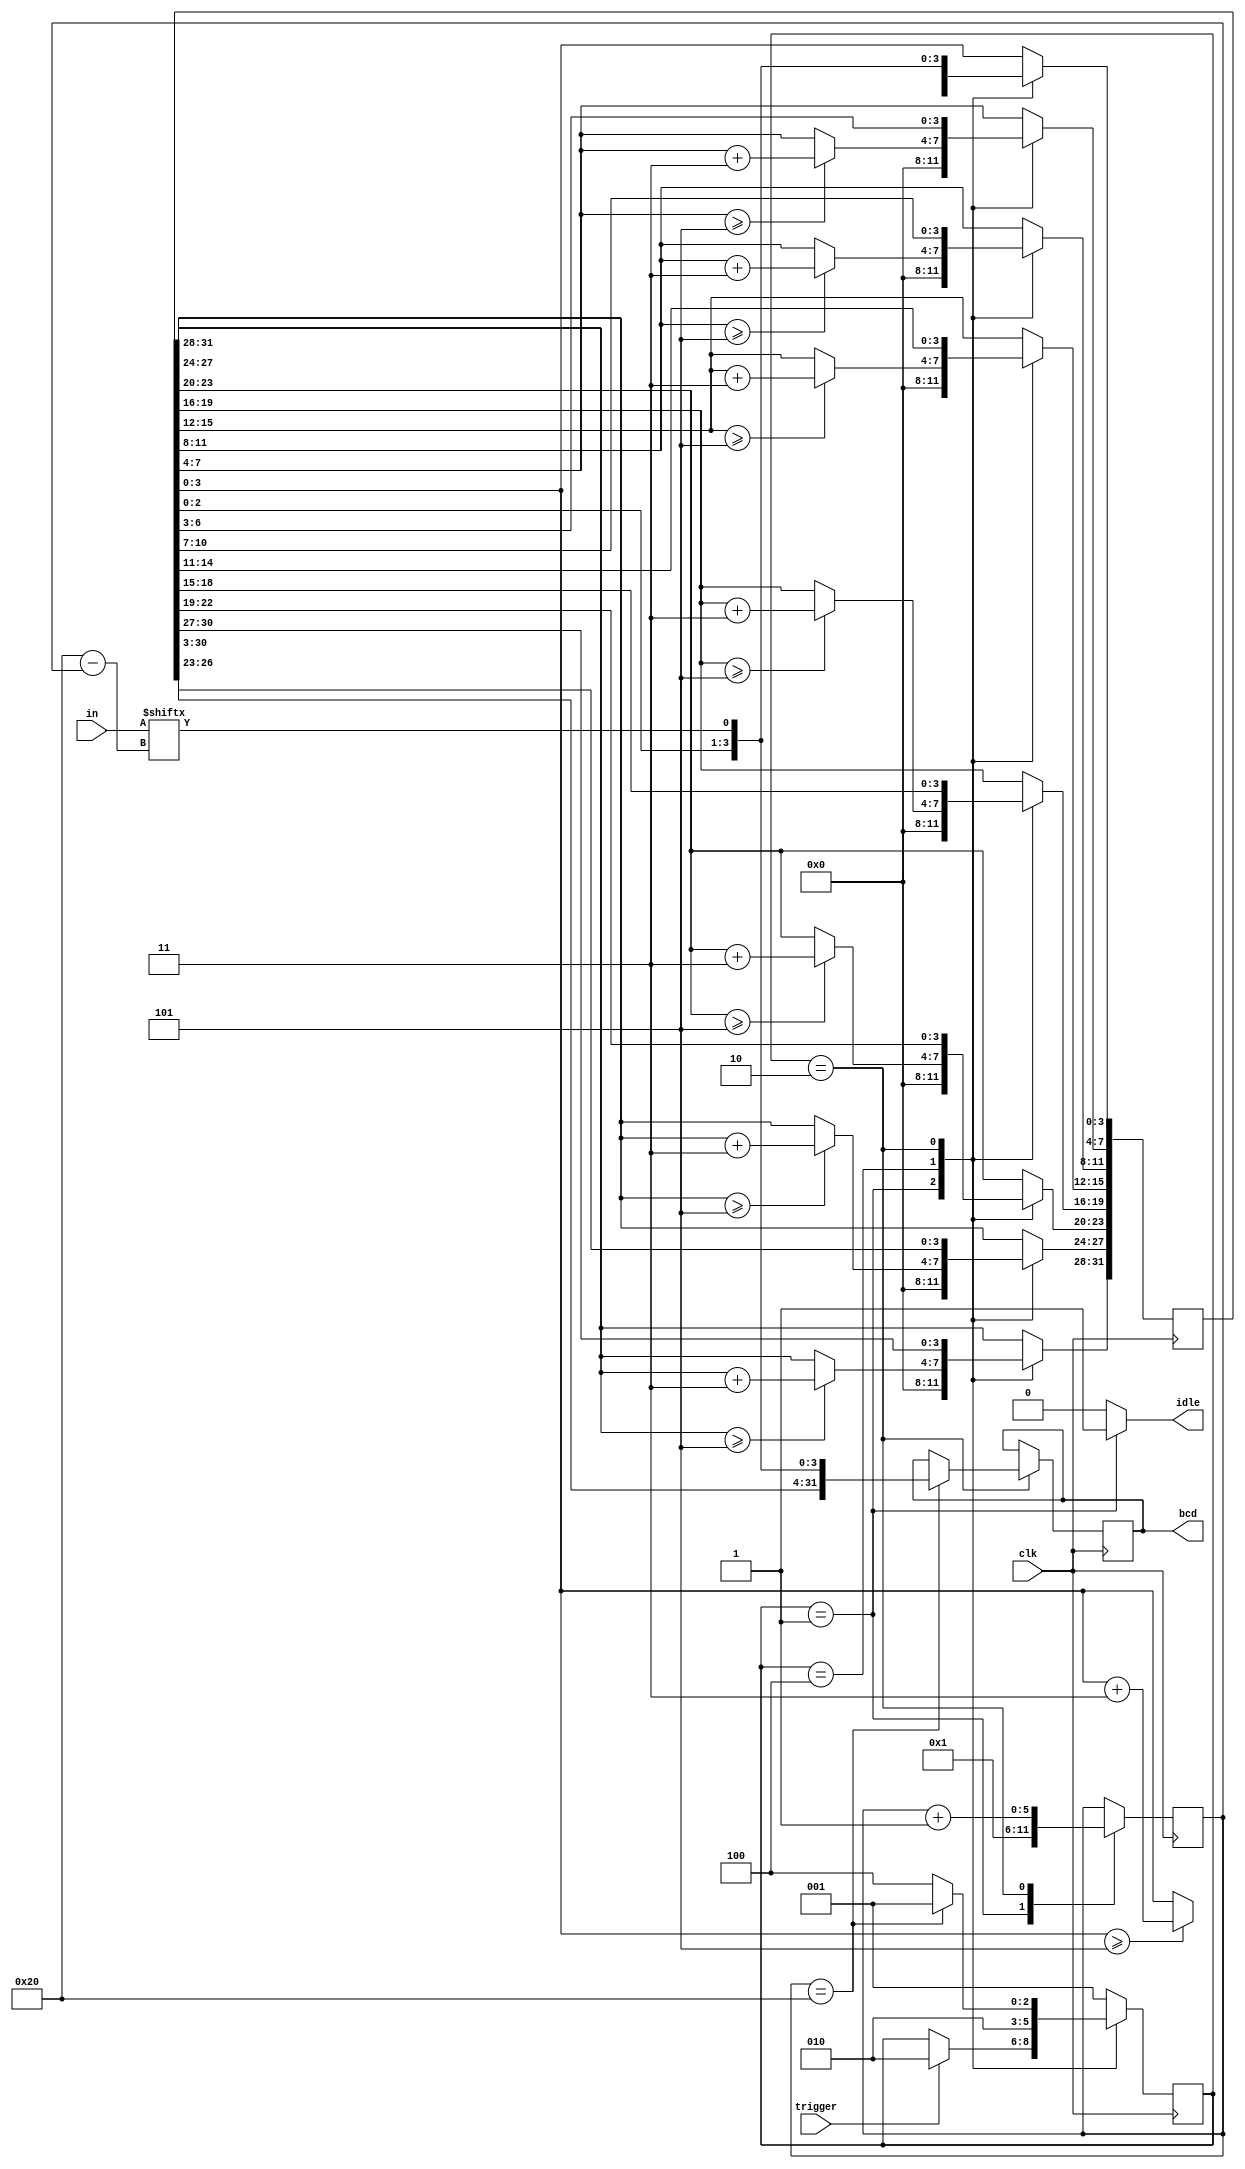
module unsigned_to_bcd
(
	input clk,            // Reloj
	input trigger,        // Inicio de conversin
	input [31:0] in,      // Nmero binario de entrada
	output reg idle,      // Si vale 0, indica una conversin en proceso
	output reg [31:0] bcd // Resultado de la conversin
);

	/*
	 * Por "buenas prcticas" parametrizamos las constantes numricas de los estados
	 * del mdulo y evitamos trabajar con nmeros "mgicos" en el resto del cdigo.
	 *
	 * https://en.wikipedia.org/wiki/Magic_number_(programming)
	 * http://stackoverflow.com/questions/47882/what-is-a-magic-number-and-why-is-it-bad
	 */
	localparam S_IDLE  = 'b001;
	localparam S_SHIFT = 'b010;
	localparam S_ADD3  = 'b100;

	reg [2:0] state, state_next; /* Contiene al estado actual y al siguiente */

	reg [31:0] shift, shift_next;
	reg [31:0] bcd_next;

	localparam COUNTER_MAX = 32;
	reg [5:0] counter, counter_next; /* Contador 6 bit para las iteraciones */

	always @(*) begin
		/*
		 * Por defecto, los estados futuros mantienen el estado actual. Esto nos
		 * ayuda a no tener que ir definiendo cada uno de los valores de las seales
		 * en cada estado posible.
		 */
		state_next = state;
		shift_next = shift;
		bcd_next = bcd;
		counter_next = counter;

		idle = 1'b0; /* LOW para todos los estados excepto S_IDLE */

		case (state)
		S_IDLE: begin
			counter_next = 'd1;
			shift_next = 'd0;
			idle = 1'b1;

			if (trigger) begin
				state_next = S_SHIFT;
			end
		end
		S_ADD3: begin
			/*
			 * Sumamos 3 a cada columna de 4 bits si el valor de esta es
			 * mayor o igual a 5
			 */
			if (shift[31:28] >= 5)
				shift_next[31:28] = shift[31:28] + 4'd3;

			if (shift[27:24] >= 5)
				shift_next[27:24] = shift[27:24] + 4'd3;

			if (shift[23:20] >= 5)
				shift_next[23:20] = shift[23:20] + 4'd3;

			if (shift[19:16] >= 5)
				shift_next[19:16] = shift[19:16] + 4'd3;

			if (shift[15:12] >= 5)
				shift_next[15:12] = shift[15:12] + 4'd3;

			if (shift[11:8] >= 5)
				shift_next[11:8] = shift[11:8] + 4'd3;

			if (shift[7:4] >= 5)
				shift_next[7:4] = shift[7:4] + 4'd3;

			if (shift[3:0] >= 5)
				shift_next[3:0] = shift[3:0] + 4'd3;

			state_next = S_SHIFT;
		end
		S_SHIFT: begin
			/* Desplazamos un bit de la entrada en el registro shift */
			shift_next = {shift[30:0], in[COUNTER_MAX - counter_next]};

			/*
			 * Si el contador actual alcanza la cuenta mxima, actualizamos la salida y
			 * terminamos el proceso.
			 */
			if (counter == COUNTER_MAX) begin
				bcd_next = shift_next;
				state_next = S_IDLE;
			end else
				state_next = S_ADD3;

			/* Incrementamos el contador (siguiente) en una unidad */
			counter_next = counter + 'd1;
		end
		default: begin
			state_next = S_IDLE;
		end
		endcase
	end

	always @(posedge clk) begin
		state <= state_next;
		shift <= shift_next;
		bcd <= bcd_next;
		counter <= counter_next;
	end

endmodule